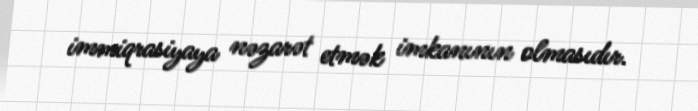
immiqrasiyaya nəzarət etmək imkanının olmasıdır.